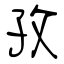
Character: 孜